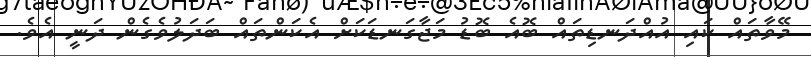
މޭވާތައް ކައި އުއްދަނޑިތައް ބޮއެ ބޮޑު މަޖާގަނޑަކަށް އެކަންތައް ބަދަލުވެގެން ދަނީ އެވެ.